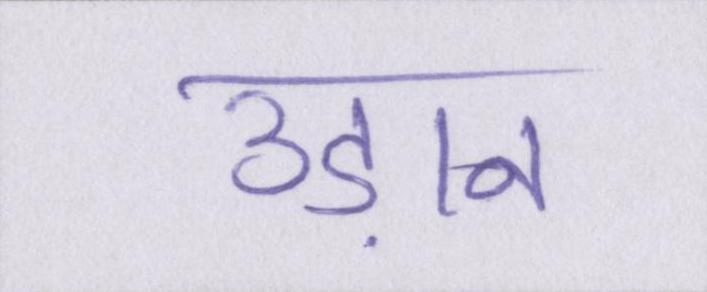
उड़ान